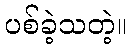
ပစ်ခဲ့သတဲ့။